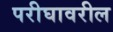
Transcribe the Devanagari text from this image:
परीघावरील